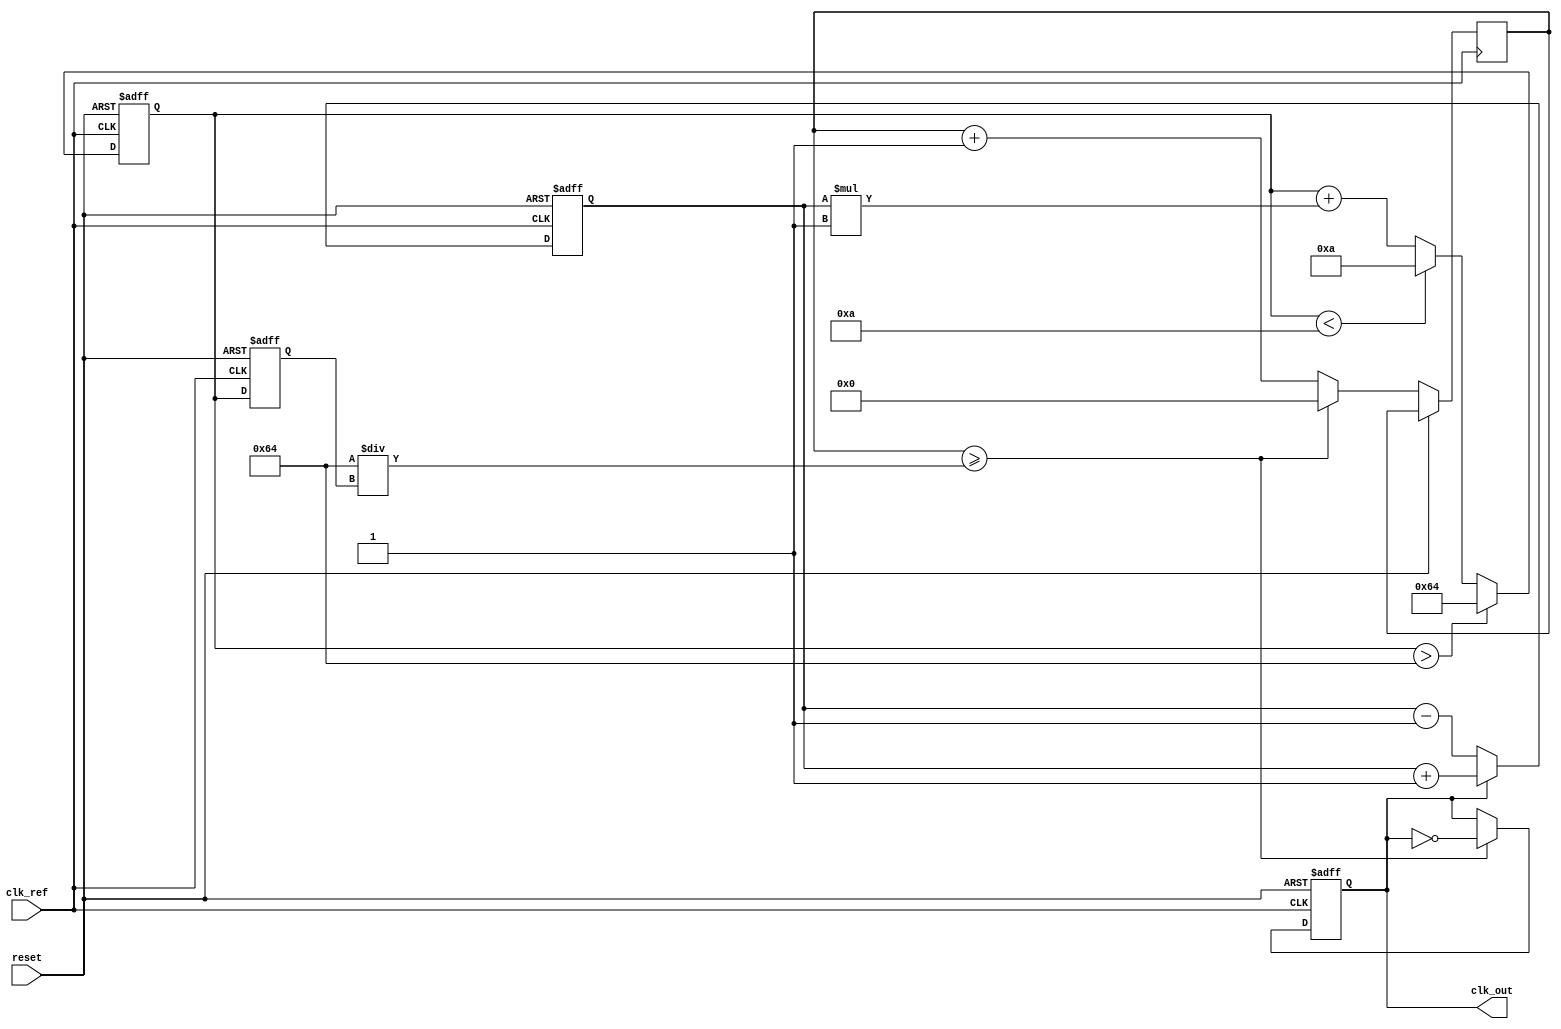
module pll (
    input wire clk_ref,        // Reference clock input
    input wire reset,          // Asynchronous reset
    output reg clk_out         // Output clock
);

    // Parameters
    parameter DIV_RATIO = 4;   // Feedback divider ratio
    parameter LPF_GAIN = 1;     // Low Pass Filter gain
    parameter VCO_MAX_FREQ = 100; // Maximum VCO frequency (arbitrary units)
    parameter VCO_MIN_FREQ = 10;  // Minimum VCO frequency (arbitrary units)

    // Internal signals
    reg [7:0] phase_error;      // Phase error from the Phase Detector
    reg [7:0] control_voltage;   // Control voltage from the LPF
    reg [7:0] vco_frequency;     // Current VCO frequency
    reg [7:0] feedback;          // Feedback signal from the divider
    reg [31:0] clk_divider_counter; // Divider counter for output clock

    // Phase Detector (PD)
    always @(posedge clk_ref or posedge reset) begin
        if (reset) begin
            phase_error <= 8'b0;
        end else begin
            // Simple phase detection logic (example)
            if (clk_out) begin
                phase_error <= phase_error + 1; // Increment error signal
            end else begin
                phase_error <= phase_error - 1; // Decrement error signal
            end
        end
    end

    // Low Pass Filter (LPF)
    always @(posedge clk_ref or posedge reset) begin
        if (reset) begin
            control_voltage <= 8'b0;
        end else begin
            control_voltage <= control_voltage + (phase_error * LPF_GAIN);
            // Clamp the control voltage
            if (control_voltage > VCO_MAX_FREQ) begin
                control_voltage <= VCO_MAX_FREQ;
            end else if (control_voltage < VCO_MIN_FREQ) begin
                control_voltage <= VCO_MIN_FREQ;
            end
        end
    end

    // Voltage-Controlled Oscillator (VCO)
    always @(posedge clk_ref or posedge reset) begin
        if (reset) begin
            vco_frequency <= VCO_MIN_FREQ;
            clk_out <= 0;
        end else begin
            // Update VCO frequency based on control voltage
            vco_frequency <= control_voltage;
            clk_divider_counter <= clk_divider_counter + 1;

            // Generate output clock based on VCO frequency
            if (clk_divider_counter >= (VCO_MAX_FREQ / vco_frequency)) begin
                clk_out <= ~clk_out; // Toggle output clock
                clk_divider_counter <= 0; // Reset counter
            end
        end
    end

    // Feedback Divider
    always @(posedge clk_out or posedge reset) begin
        if (reset) begin
            feedback <= 0;
        end else begin
            // Simple feedback divider logic
            feedback <= feedback + 1;
            if (feedback >= DIV_RATIO) begin
                feedback <= 0; // Reset feedback counter
            end
        end
    end

endmodule